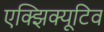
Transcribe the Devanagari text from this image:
एक्झिक्यूटिव